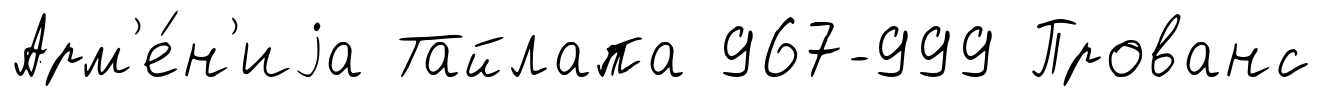
Арм'е́н'иjа Тайлапа 967-999 Прованс